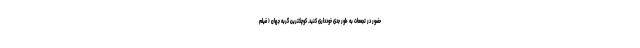
حضور در تجمعات به طور جدی خودداری کنید. کوچکترین گربه جهان ( فیلم